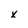
Character: x